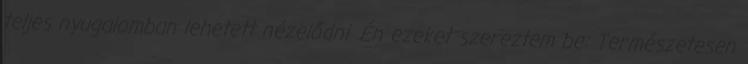
teljes nyugalomban lehetett nézelődni. Én ezeket szereztem be: Természetesen